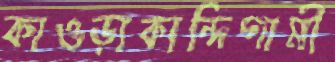
কাওড়াকান্দিগামী